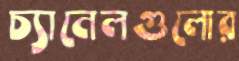
চ্যানেলগুলোর